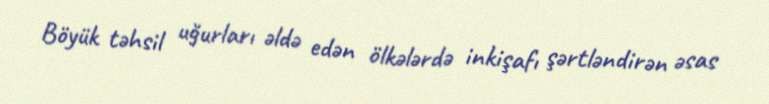
Böyük təhsil uğurları əldə edən ölkələrdə inkişafı şərtləndirən əsas